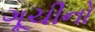
ગૂચીનો